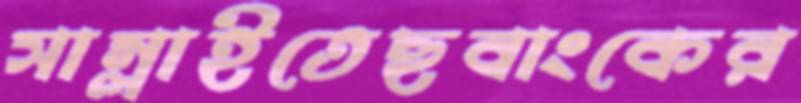
সাম্‌লাইতেছবাংকের